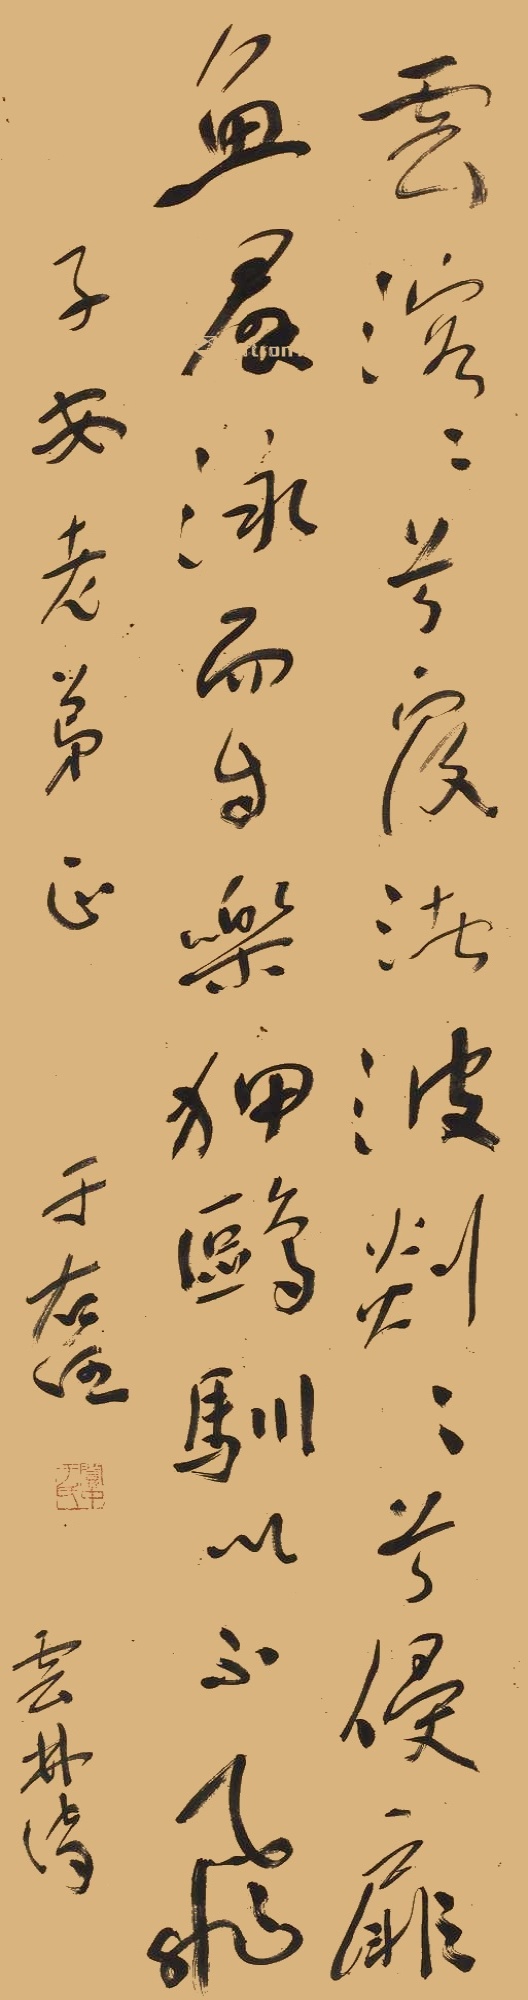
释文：云溶溶兮覆渚波，剡剡兮侵扉鱼，群泳而自乐，押鸥驯以不飞。子安老弟正。于右任。云林诗。